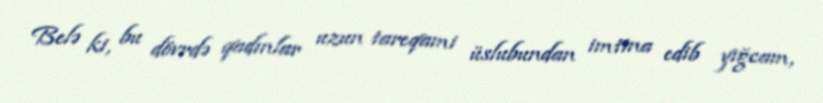
Belə ki, bu dövrdə qadınlar uzun tareqami üslubundan imtina edib yığcam,